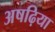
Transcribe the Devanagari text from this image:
अषढ़िया